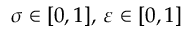
\sigma \in [ 0 , 1 ] , \, \varepsilon \in [ 0 , 1 ]